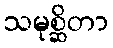
သမုစ္ဆိတာ